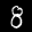
Label: 8